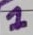
Text: 1